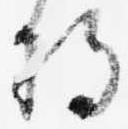
将